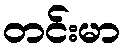
တင်းမာ